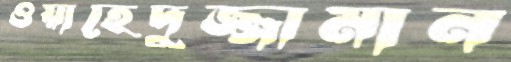
ওয়াহেদুজ্জামান